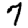
Digit: 7